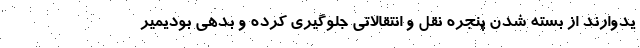
یدوارند از بسته شدن پنجره نقل و انتقالاتی جلوگیری کرده و بدهی بودیمیر